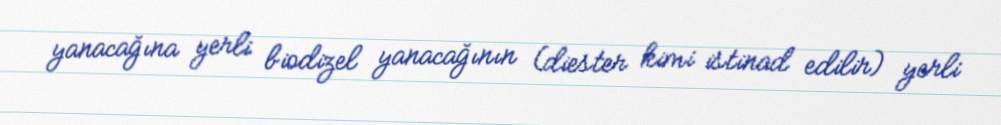
yanacağına yerli biodizel yanacağının (diester kimi istinad edilir) yerli